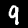
Label: 9